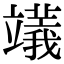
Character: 𥪺